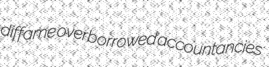
diffame overborrowed accountancies